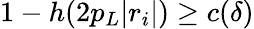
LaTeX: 1-h(2p_{L}|r_{i}|)\geq c(\delta)